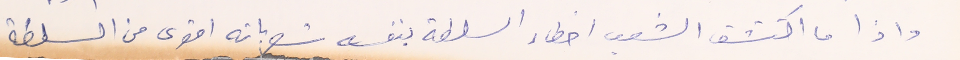
واذا ما اكتشف الشعب اخطاء السلطة بنفسه يشعر بانه اقوى من السلطة